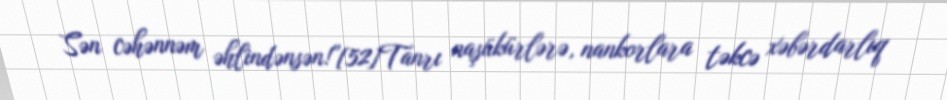
Sən cəhənnəm əhlindənsən!”[52]Tanrı naşükürlərə, nankorlara təkcə xəbərdarlıq